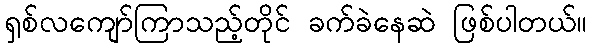
ရှစ်လကျော်ကြာသည့်တိုင် ခက်ခဲနေဆဲ ဖြစ်ပါတယ်။